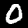
Digit: 0